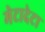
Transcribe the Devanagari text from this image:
मेटादेटा